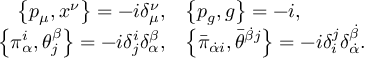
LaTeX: \begin{array} { r l } { { { \displaystyle \left\{ p _ { \mu } , x ^ { \nu } \right\} = - i \delta _ { \mu } ^ { \nu } , } } } & { { { \displaystyle \left\{ p _ { g } , g \right\} = - i , } } } \\ { { { \displaystyle \left\{ \pi _ { \alpha } ^ { i } , \theta _ { j } ^ { \beta } \right\} = - i \delta _ { j } ^ { i } \delta _ { \alpha } ^ { \beta } , } } } & { { { \displaystyle \left\{ \bar { \pi } _ { \dot { \alpha } i } , \bar { \theta } ^ { \dot { \beta } j } \right\} = - i \delta _ { i } ^ { j } \delta _ { \dot { \alpha } } ^ { \dot { \beta } } . } } } \end{array}